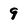
Character: 9